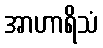
အာဟာရိသံ